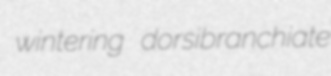
wintering dorsibranchiate